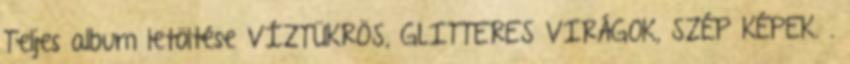
Teljes album letöltése VÍZTÜKRÖS, GLITTERES VIRÁGOK, SZÉP KÉPEK. .